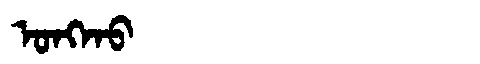
Manchu: ᠣᠩᡴᠣ
Romanization: ONGKO